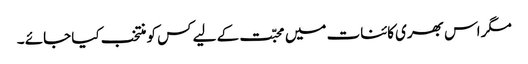
مگر اس بھری کائنات میں محبّت کے لیے کس کو منتخب کیا جائے ۔